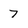
Character: 7